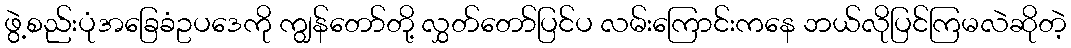
ဖွဲ့စည်းပုံအခြေခံဥပဒေကို ကျွန်တော်တို့ လွှတ်တော်ပြင်ပ လမ်းကြောင်းကနေ ဘယ်လိုပြင်ကြမလဲဆိုတဲ့